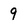
Character: 9